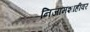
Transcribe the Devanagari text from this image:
निजामशाहीवर